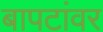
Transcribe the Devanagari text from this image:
बापटांवर